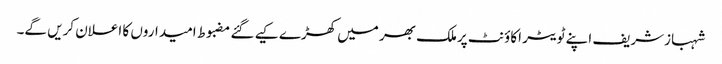
شہبازشریف اپنے ٹویٹر اکاؤنٹ پرملک بھر میں کھڑے کیے گئے مضبوط امیداروں کا اعلان کریں گے۔